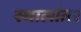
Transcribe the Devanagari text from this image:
स्थालांतर